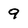
Character: 9